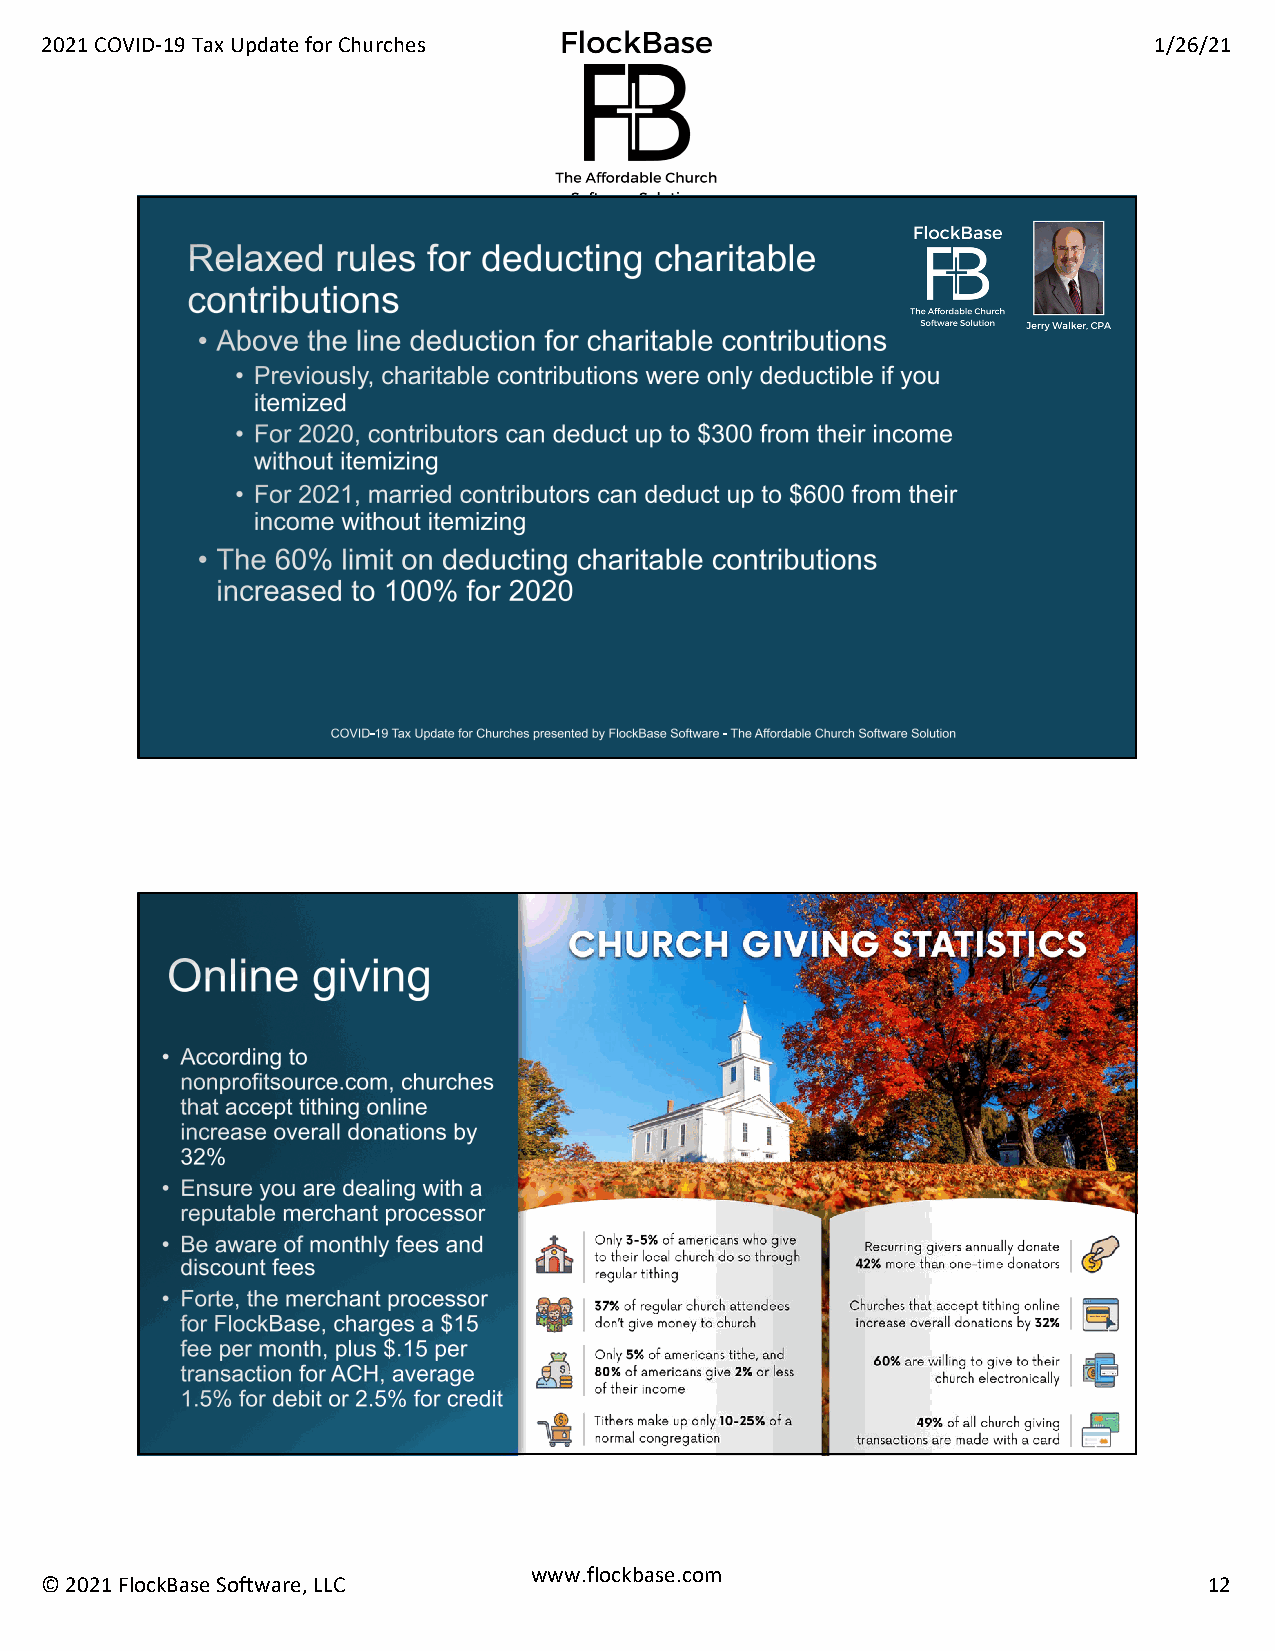
2021 COVID-19 Tax Update for Churches                                    1/26/21
 www.flockbase.com
 © 2021 FlockBase Software, LLC                                               12